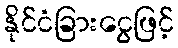
နိုင်ငံခြားငွေဖြင့်